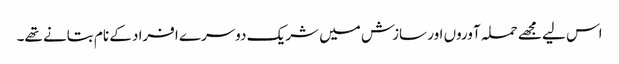
اس لیے مجھے حملہ آوروں اور سازش میں شریک دوسرے افراد کے نام بتانے تھے۔